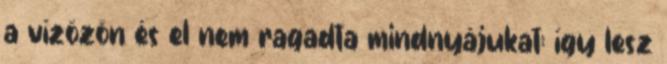
a vízözön és el nem ragadta mindnyájukat: így lesz